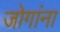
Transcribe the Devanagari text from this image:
जोगांना